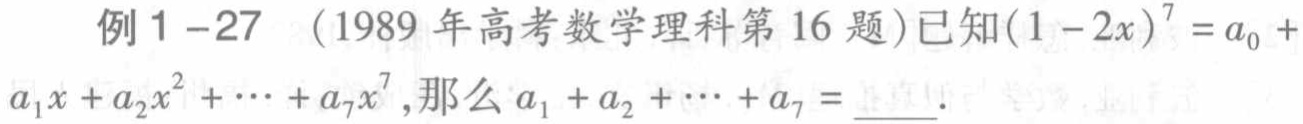
例1 -27 （1989年高考数学理科第16题）已知\((1 - 2x)^{7} = a_{0} + a_{1}x + a_{2}x^{2} + \cdots + a_{7}x^{7}\),那么\(a_{1} + a_{2} + \cdots + a_{7} =\underline{}\).